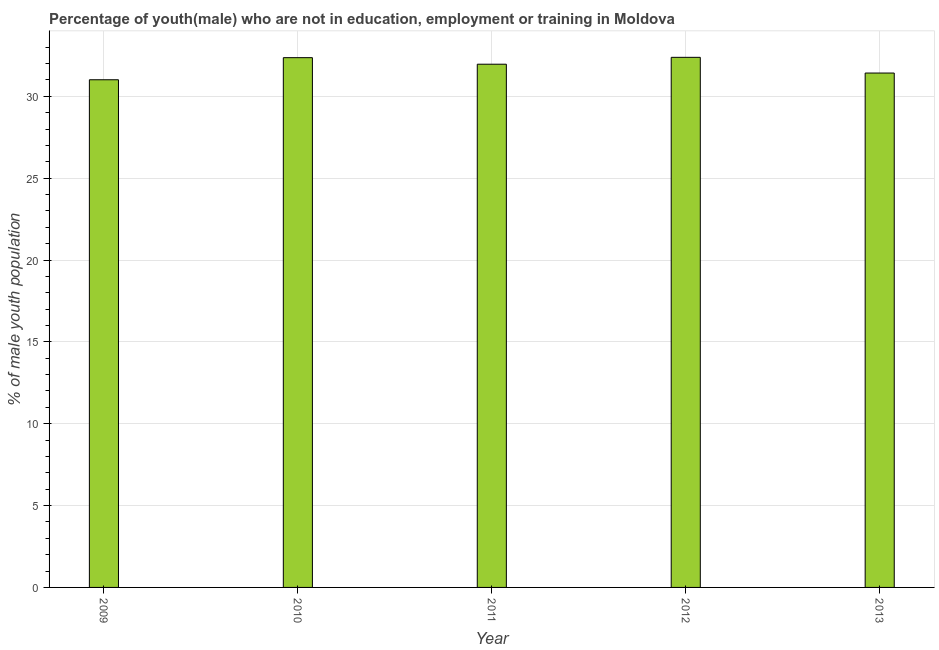
| Year | Unemployed(male) |
 | --- | --- |
 | 2009 | 31 |
 | 2010 | 32.4 |
 | 2011 | 32 |
 | 2012 | 32.4 |
 | 2013 | 31.4 |